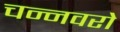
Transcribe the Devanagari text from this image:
चन्नवरो